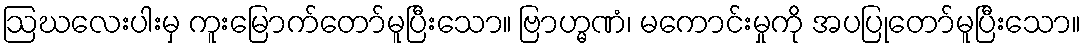
ဩဃလေးပါးမှ ကူးမြောက်တော်မူပြီးသော။ ဗြာဟ္မဏံ၊ မကောင်းမှုကို အပပြုတော်မူပြီးသော။